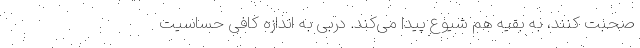
صحبت کنند، به بقیه هم شیوع پیدا می‌کند. دربی به اندازه کافی حساسیت